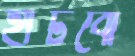
হাঁটবো